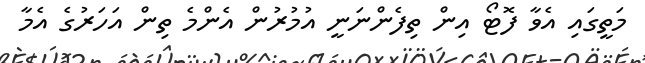
މަތީގައި އެވާ ފޮޓޯ އިން ތިފެންނަނީ އުމުރުން އެންމެ ތިން އަހަރުގެ އެމާ